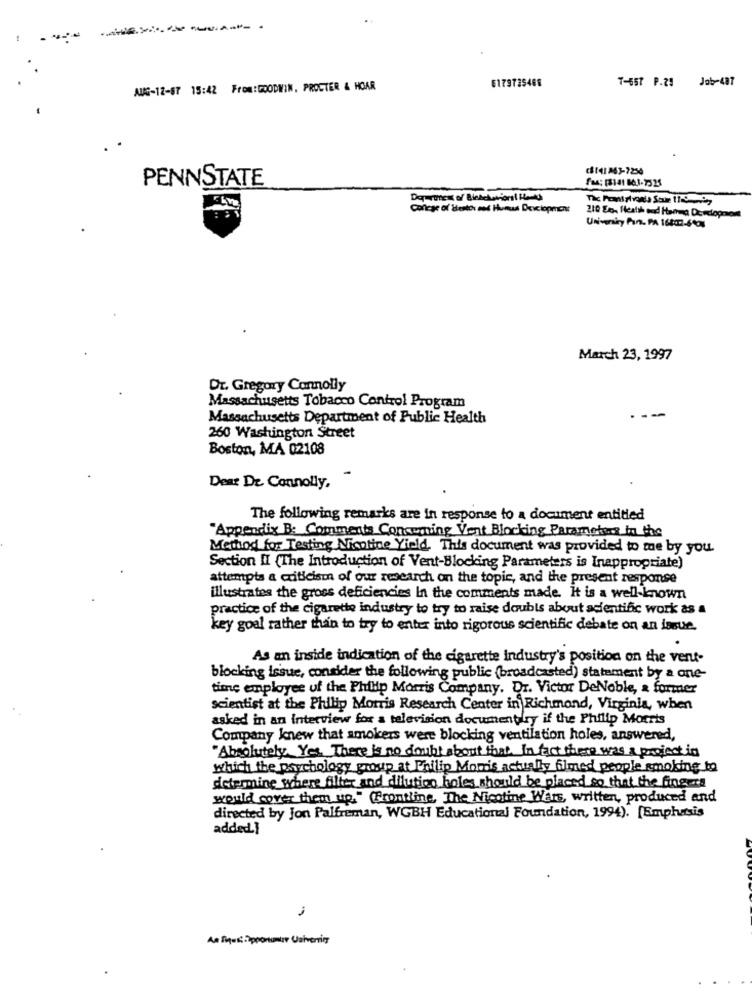
6179725488
Job-487
AUG-12-67 15:42 From:GOODWIN, PROCTER & HOAR
7-557 P.25
PENNSTATE
Deuren of Bickelation ( Home)
College of itestos and Humus Development
210 So- Health and Hamma Developer
University Fin. PA 16802-67
March 23, 1997
Dr. Gregory Connolly
Massachusetts Tobacco Control Program
--
Massachusetts Department of Public Health
260 Washington Street
Boston, MA 02108
Dear De Connolly,
The following remarks are in response to a document entitled
"Appendix B: Comments Concerning Vent Blocking Parameters in the
Method for Testing Nicotine Yield. This document was provided to me by you.
Section II (The Introduction of Vent-Blocking Parameters is Inappropriate)
attempts a criticism of our research on the topic, and the present response
illustrates the gross deficiencies In the comments made. It is a well-known
practice of the cigarette industry to try to raise doubts about acientific work as a
key goal rather than to try to enter into rigorous scientific debate on an issue.
As an inside indication of the cigarette industry's position on the vent-
blocking issue, consider the following public (broadcasted) statement by a one-
time employee of the Philip Morris Company. Dr. Victor DeNoble, a former
scientist at the Philip Morris Research Center in Richmond, Virginia, when
asked in an interview for a television documentary if the Philip Morris
Company knew that smokers were blocking ventilation holes, answered,
"Absolutely. Yes. There is no doubt about that. In fact there was a project in
which the psychology group at Philip Morris actually filmed people smoking to
determine where filter and dilution boles should be placed so that the fingers
would cover them up," Frontline. The Nicotine Wers, written, produced and
directed by Jon Palfreman, WGBH Educational Foundation, 1994). [Emphasis
added}
-
An liqui: ipponmir Ualvering